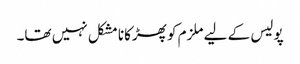
پولیس کے لیے ملزم کو پھڑکانا مشکل نہیں تھا۔